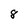
Character: 8